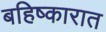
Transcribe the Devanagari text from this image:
बहिष्कारात